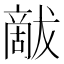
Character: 𰡦